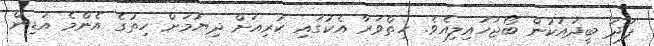
ފަދަ ބީދައަކުން ބޯޖަހައިލިއެވެ. ހިތްވަރާ އެކުގައި ކުރިއަށް ދިޔުމަށް ހިތުގެ އެންމެ އަޑިން